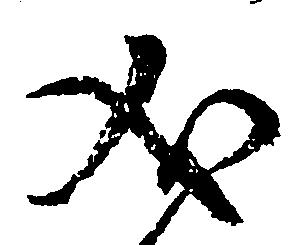
義